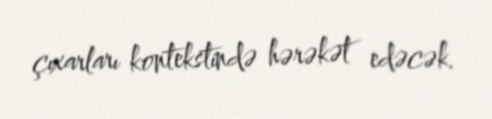
çıxarları kontekstində hərəkət edəcək.